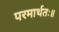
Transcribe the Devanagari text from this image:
परमार्थतः॥